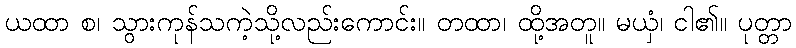
ယထာ စ၊ သွားကုန်သကဲ့သို့လည်းကောင်း။ တထာ၊ ထို့အတူ။ မယှံ၊ ငါ၏။ ပုတ္တာ